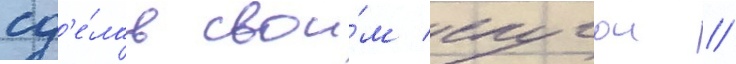
сд'е́лав свои́м слугои //